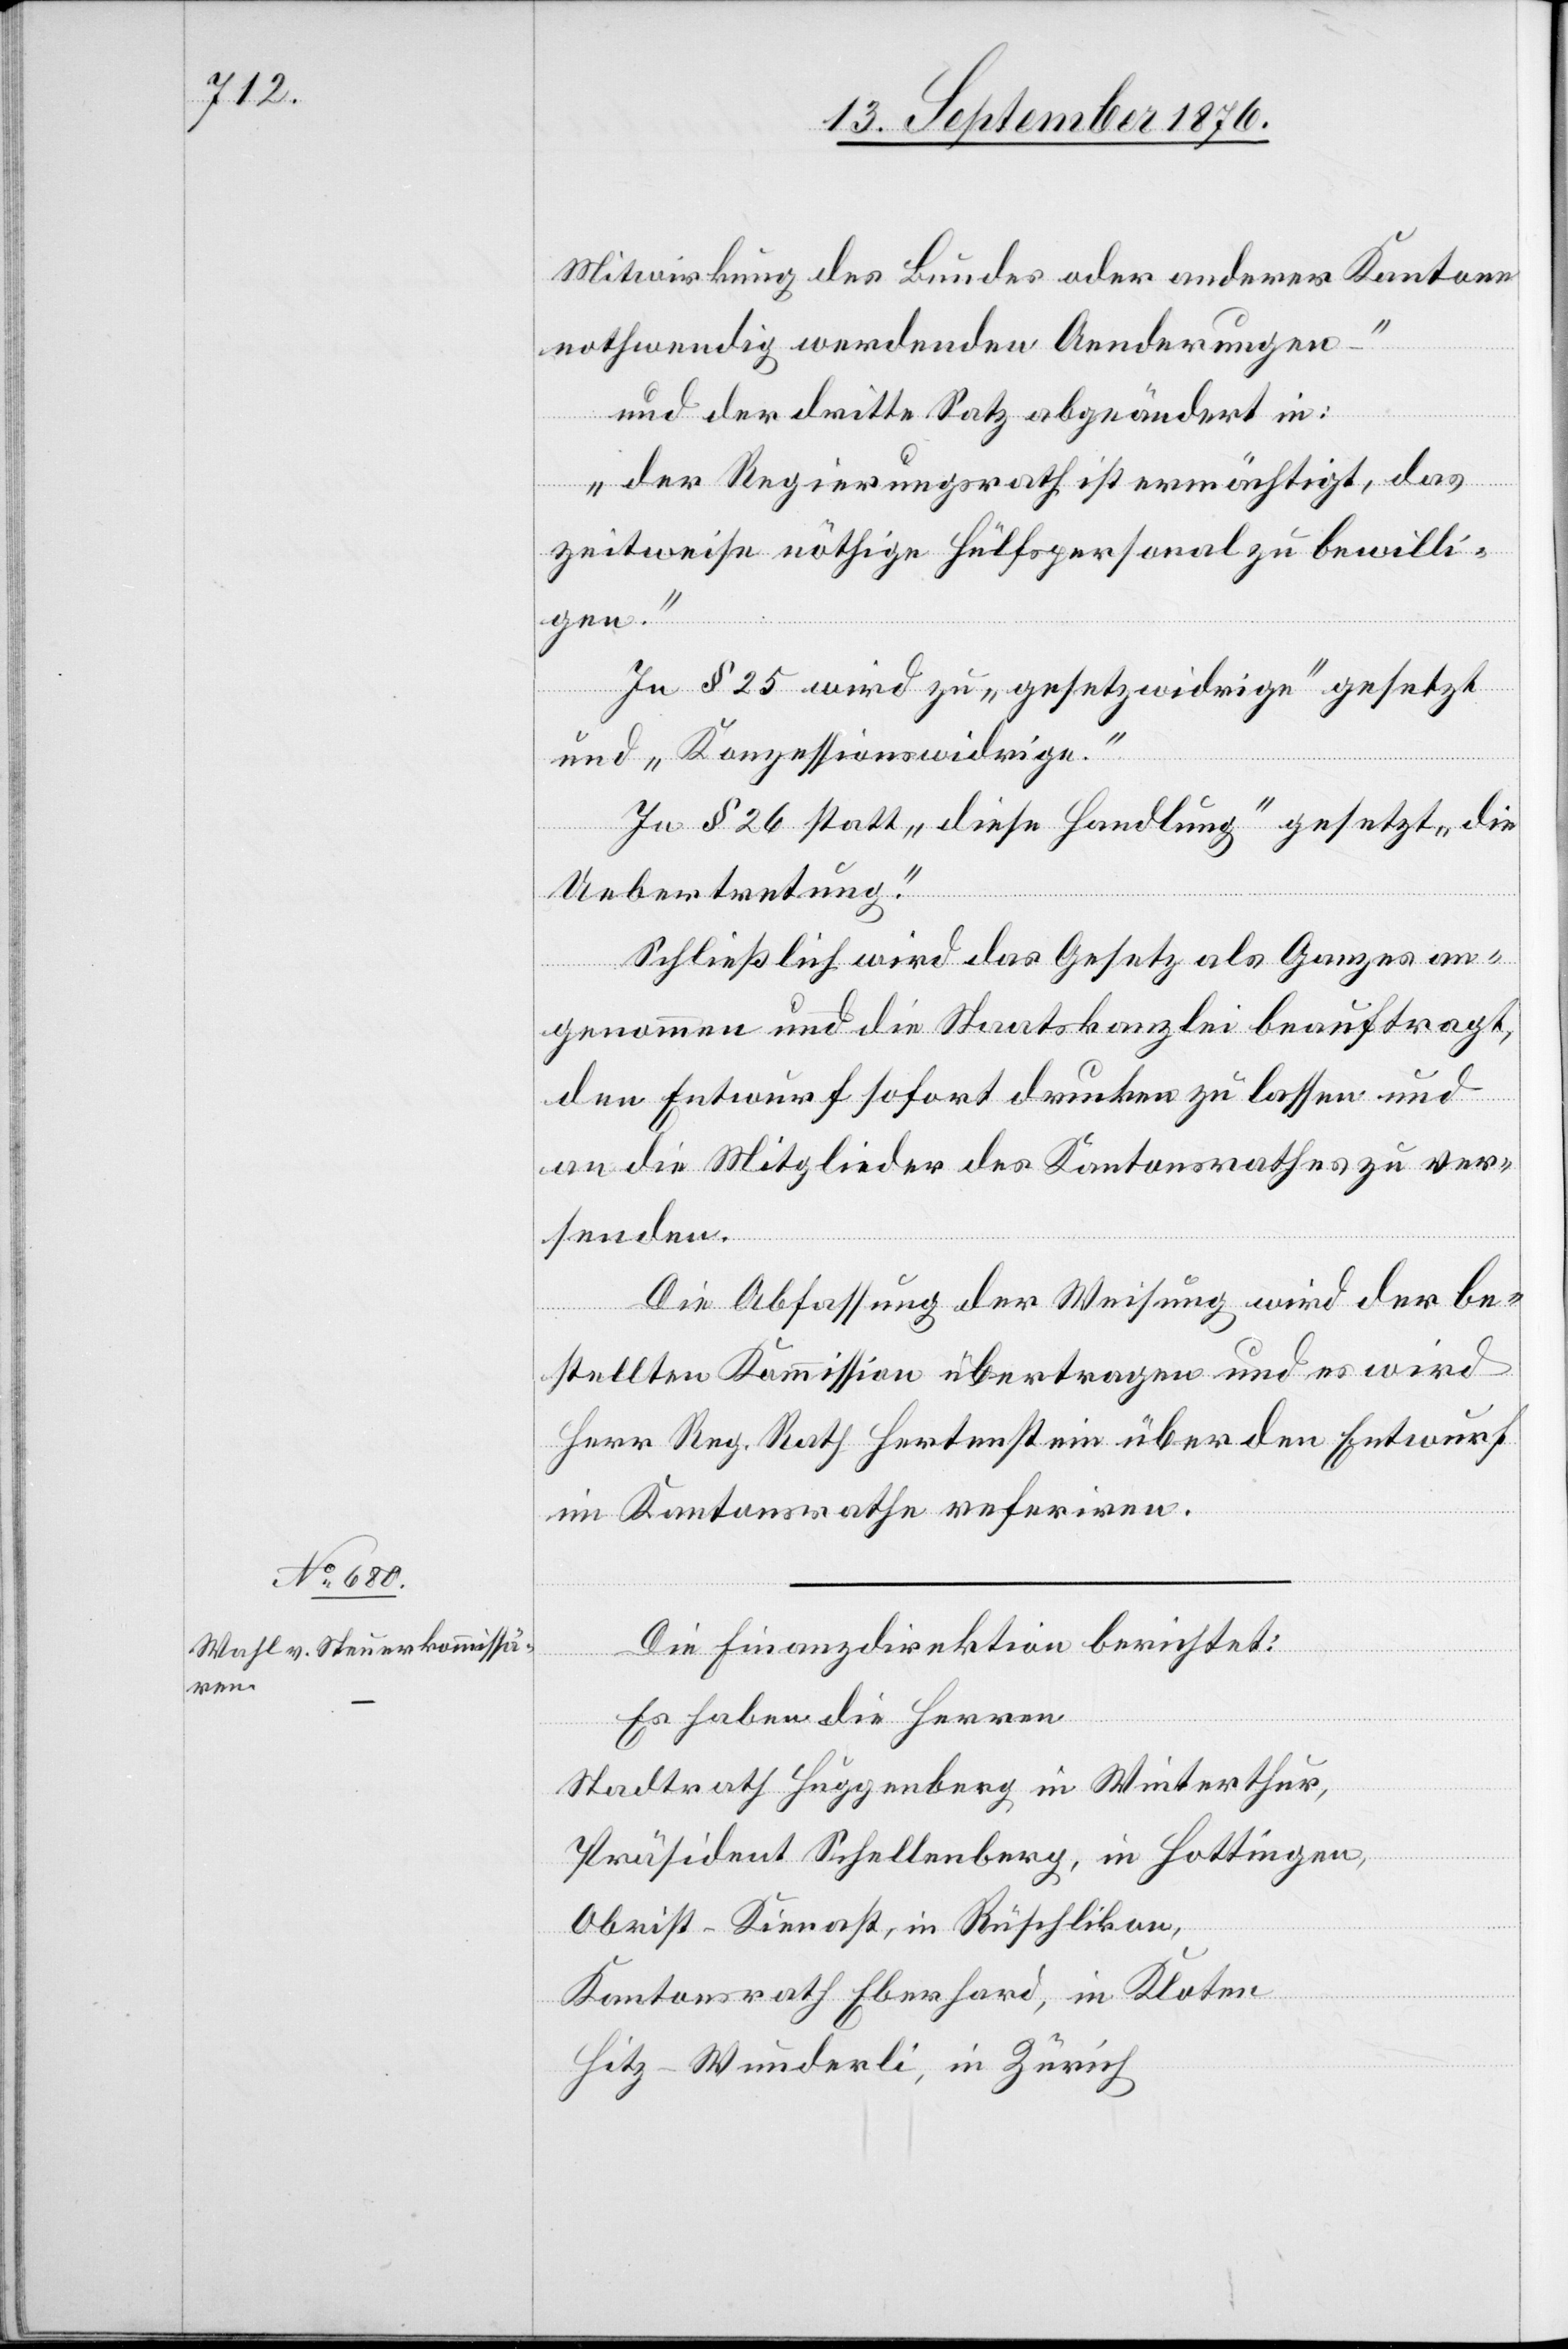
Mitwirkung des Bundes oder anderer Kantone
nothwendig werdenden Aenderungen –“
und der dritte Satz abgeändert in:
„der Regierungsrath ist ermächtigt, das
zeitweise nöthige Hülfspersonal zu bewilli¬
gen.“
In § 25 wird zu „gesetzwidrige“ gesetzt
und „Konzessionswidrige.“
In § 26 statt „diese Handlung“ gesetzt „ die
Uebertretung.“
Schließlich wird das Gesetz als Ganzes an¬
genommen und die Staatskanzlei beauftragt,
den Entwurf sofort drucken zu lassen und
an die Mitglieder des Kantonsrathes zu ver¬
senden.
Die Abfassung der Weisung wird der be¬
stellten Kommission übertragen und es wird
Herr Reg. Rath Hertenstein über den Entwurf
im Kantonsrathe referiren.
Die Finanzdirektion berichtet:
Es haben die Herren
Stadtrath Huggenberg in Winterthur,
Präsident Schellenberg, in Hottingen,
Obrist-Kienast, in Rüschlikon,
Kantonsrath Eberhard, in Kloten
Hitz-Wunderli, in Zürich